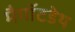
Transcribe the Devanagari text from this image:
मैगॉटडेथ